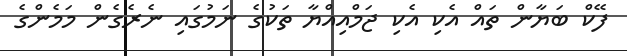
ފޭކް ބަޔާން ތައް އެކި އެކި ޖަމްއިއްޔާ ތަކުގެ ނަމުގައި ނެރެގެން މަމެންގެ